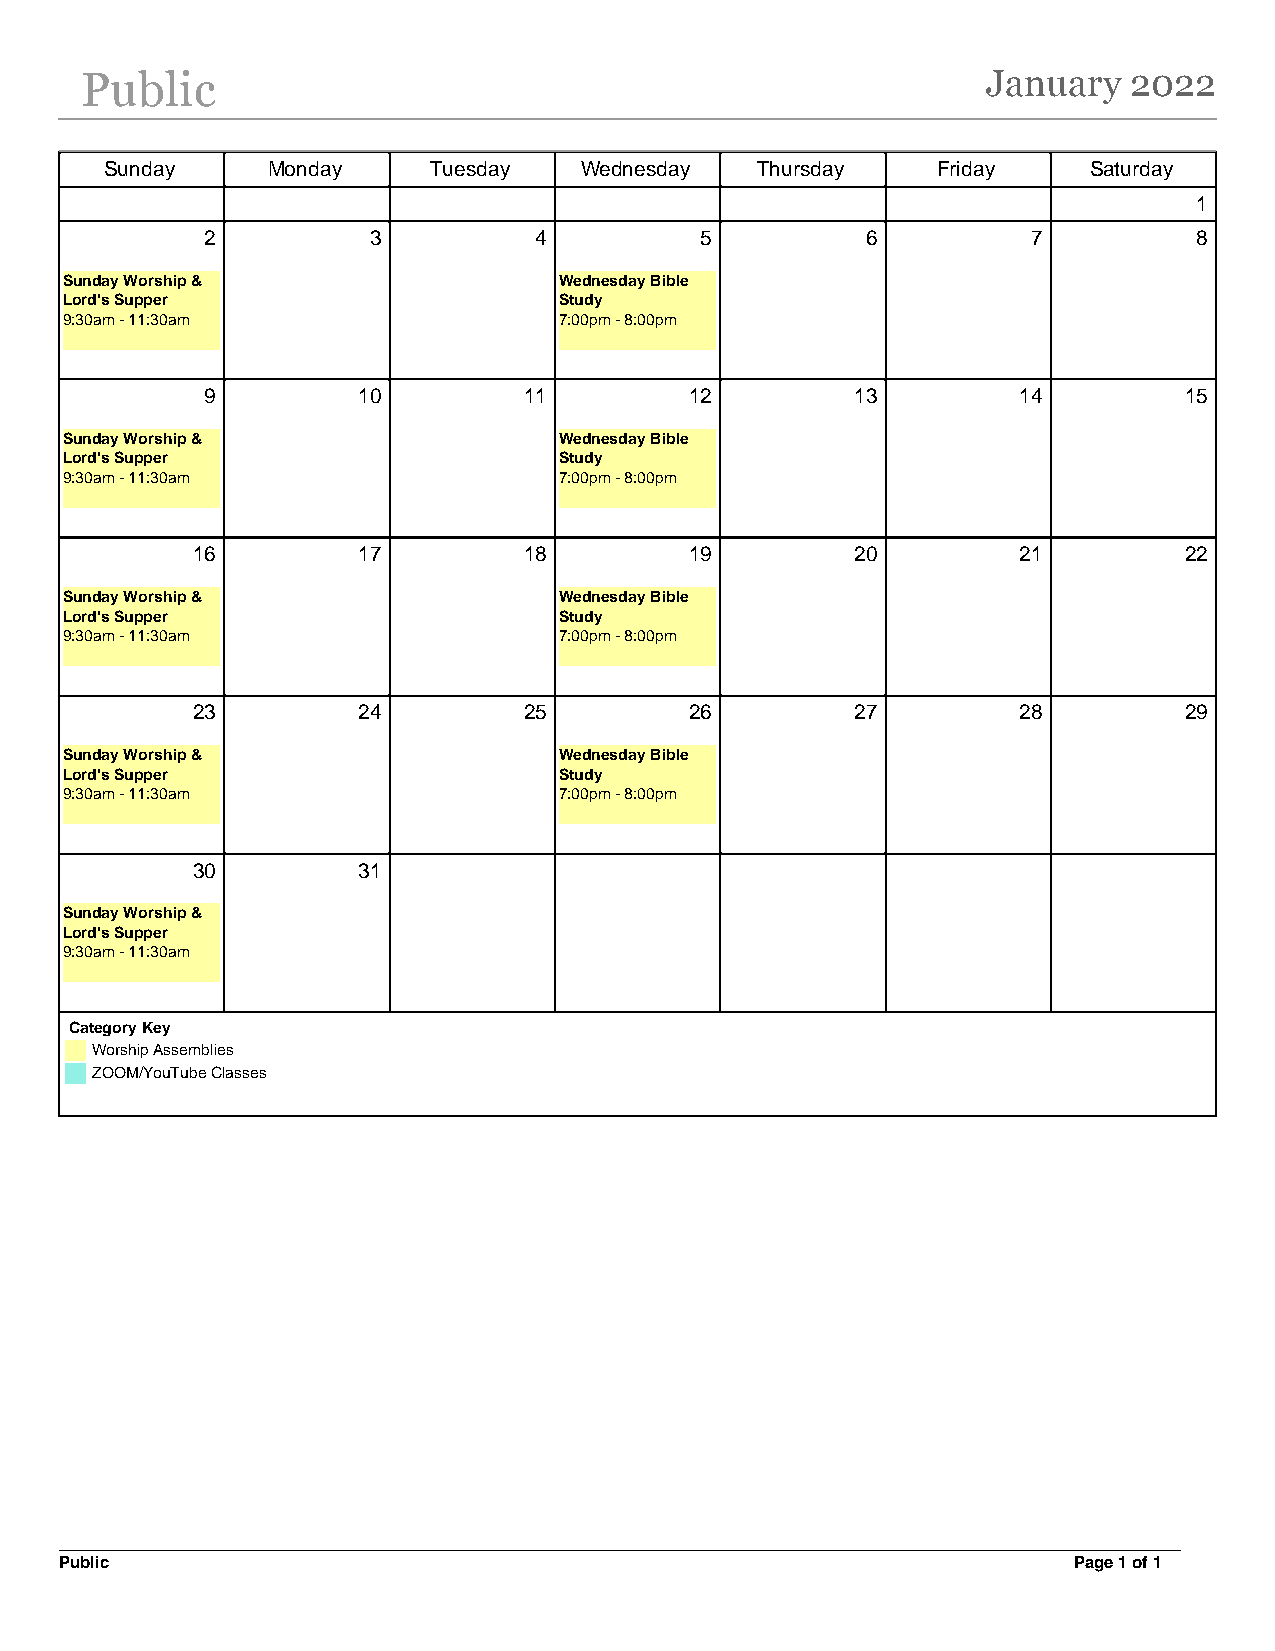
Public                                                      January   2022
 Sunday     Monday    Tuesday   Wednesday   Thursday    Friday    Saturday
 1
 2         3          4          5          6          7          8
 Sunday Worship &                 Wednesday Bible
 Lord's Supper                    Study
 9:30am - 11:30am                 7:00pm - 8:00pm
 9         10         11         12         13        14         15
 Sunday Worship &                 Wednesday Bible
 Lord's Supper                    Study
 9:30am - 11:30am                 7:00pm - 8:00pm
 16         17         18         19         20        21         22
 Sunday Worship &                 Wednesday Bible
 Lord's Supper                    Study
 9:30am - 11:30am                 7:00pm - 8:00pm
 23         24         25         26         27        28         29
 Sunday Worship &                 Wednesday Bible
 Lord's Supper                    Study
 9:30am - 11:30am                 7:00pm - 8:00pm
 30         31
 Sunday Worship &
 Lord's Supper
 9:30am - 11:30am
 Category Key
 Worship Assemblies
 ZOOM/YouTube Classes
 Public                                                             Page 1 of 1
 Powered by TCPDF (www.tcpdf.org)